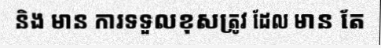
និង មាន ការទទួលខុសត្រូវ ដែល មាន តែ